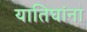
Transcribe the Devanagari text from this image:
यातिघांना